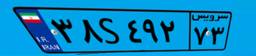
۸۶S۱۸۴۶۳